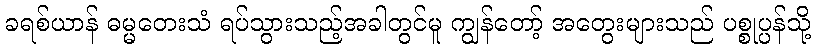
ခရစ်ယာန် ဓမ္မတေးသံ ရပ်သွားသည့်အခါတွင်မူ ကျွန်တော့် အတွေးများသည် ပစ္စုပ္ပန်သို့